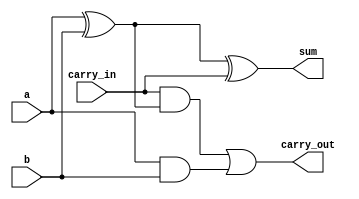
// Status:      works fine

module full_adder (
    input a,
    input b,
    input carry_in,
    output sum,
    output carry_out
);
    // TODO: Insert your RTL here to calculate the sum and carry out bits.
    // TODO: Remove these assign statements once you write your own RTL.

    assign sum = a ^ b ^ carry_in;
    assign carry_out = (carry_in && (a ^ b)) || (a && b);

    // assign sum = 1'b0;
    // assign carry_out = 1'b0;
endmodule